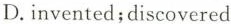
D. invented;discovered